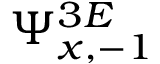
\Psi _ { x , - 1 } ^ { 3 E }